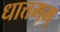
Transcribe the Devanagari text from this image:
धात्तमम्‌